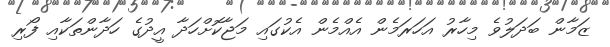
ޒަމާން ބަދަލުވެ މިހާރު އަހަރަމެން އެއްމެން އެކުގައި މަޖާކޮށްހަދާ އީދުގެ ހަދާންތަކާއި ފޯރި